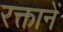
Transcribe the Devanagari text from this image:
रक्तानें